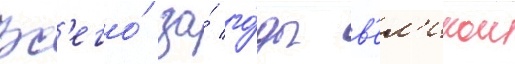
Вс'его́ за́ го́ды в'ел'икои